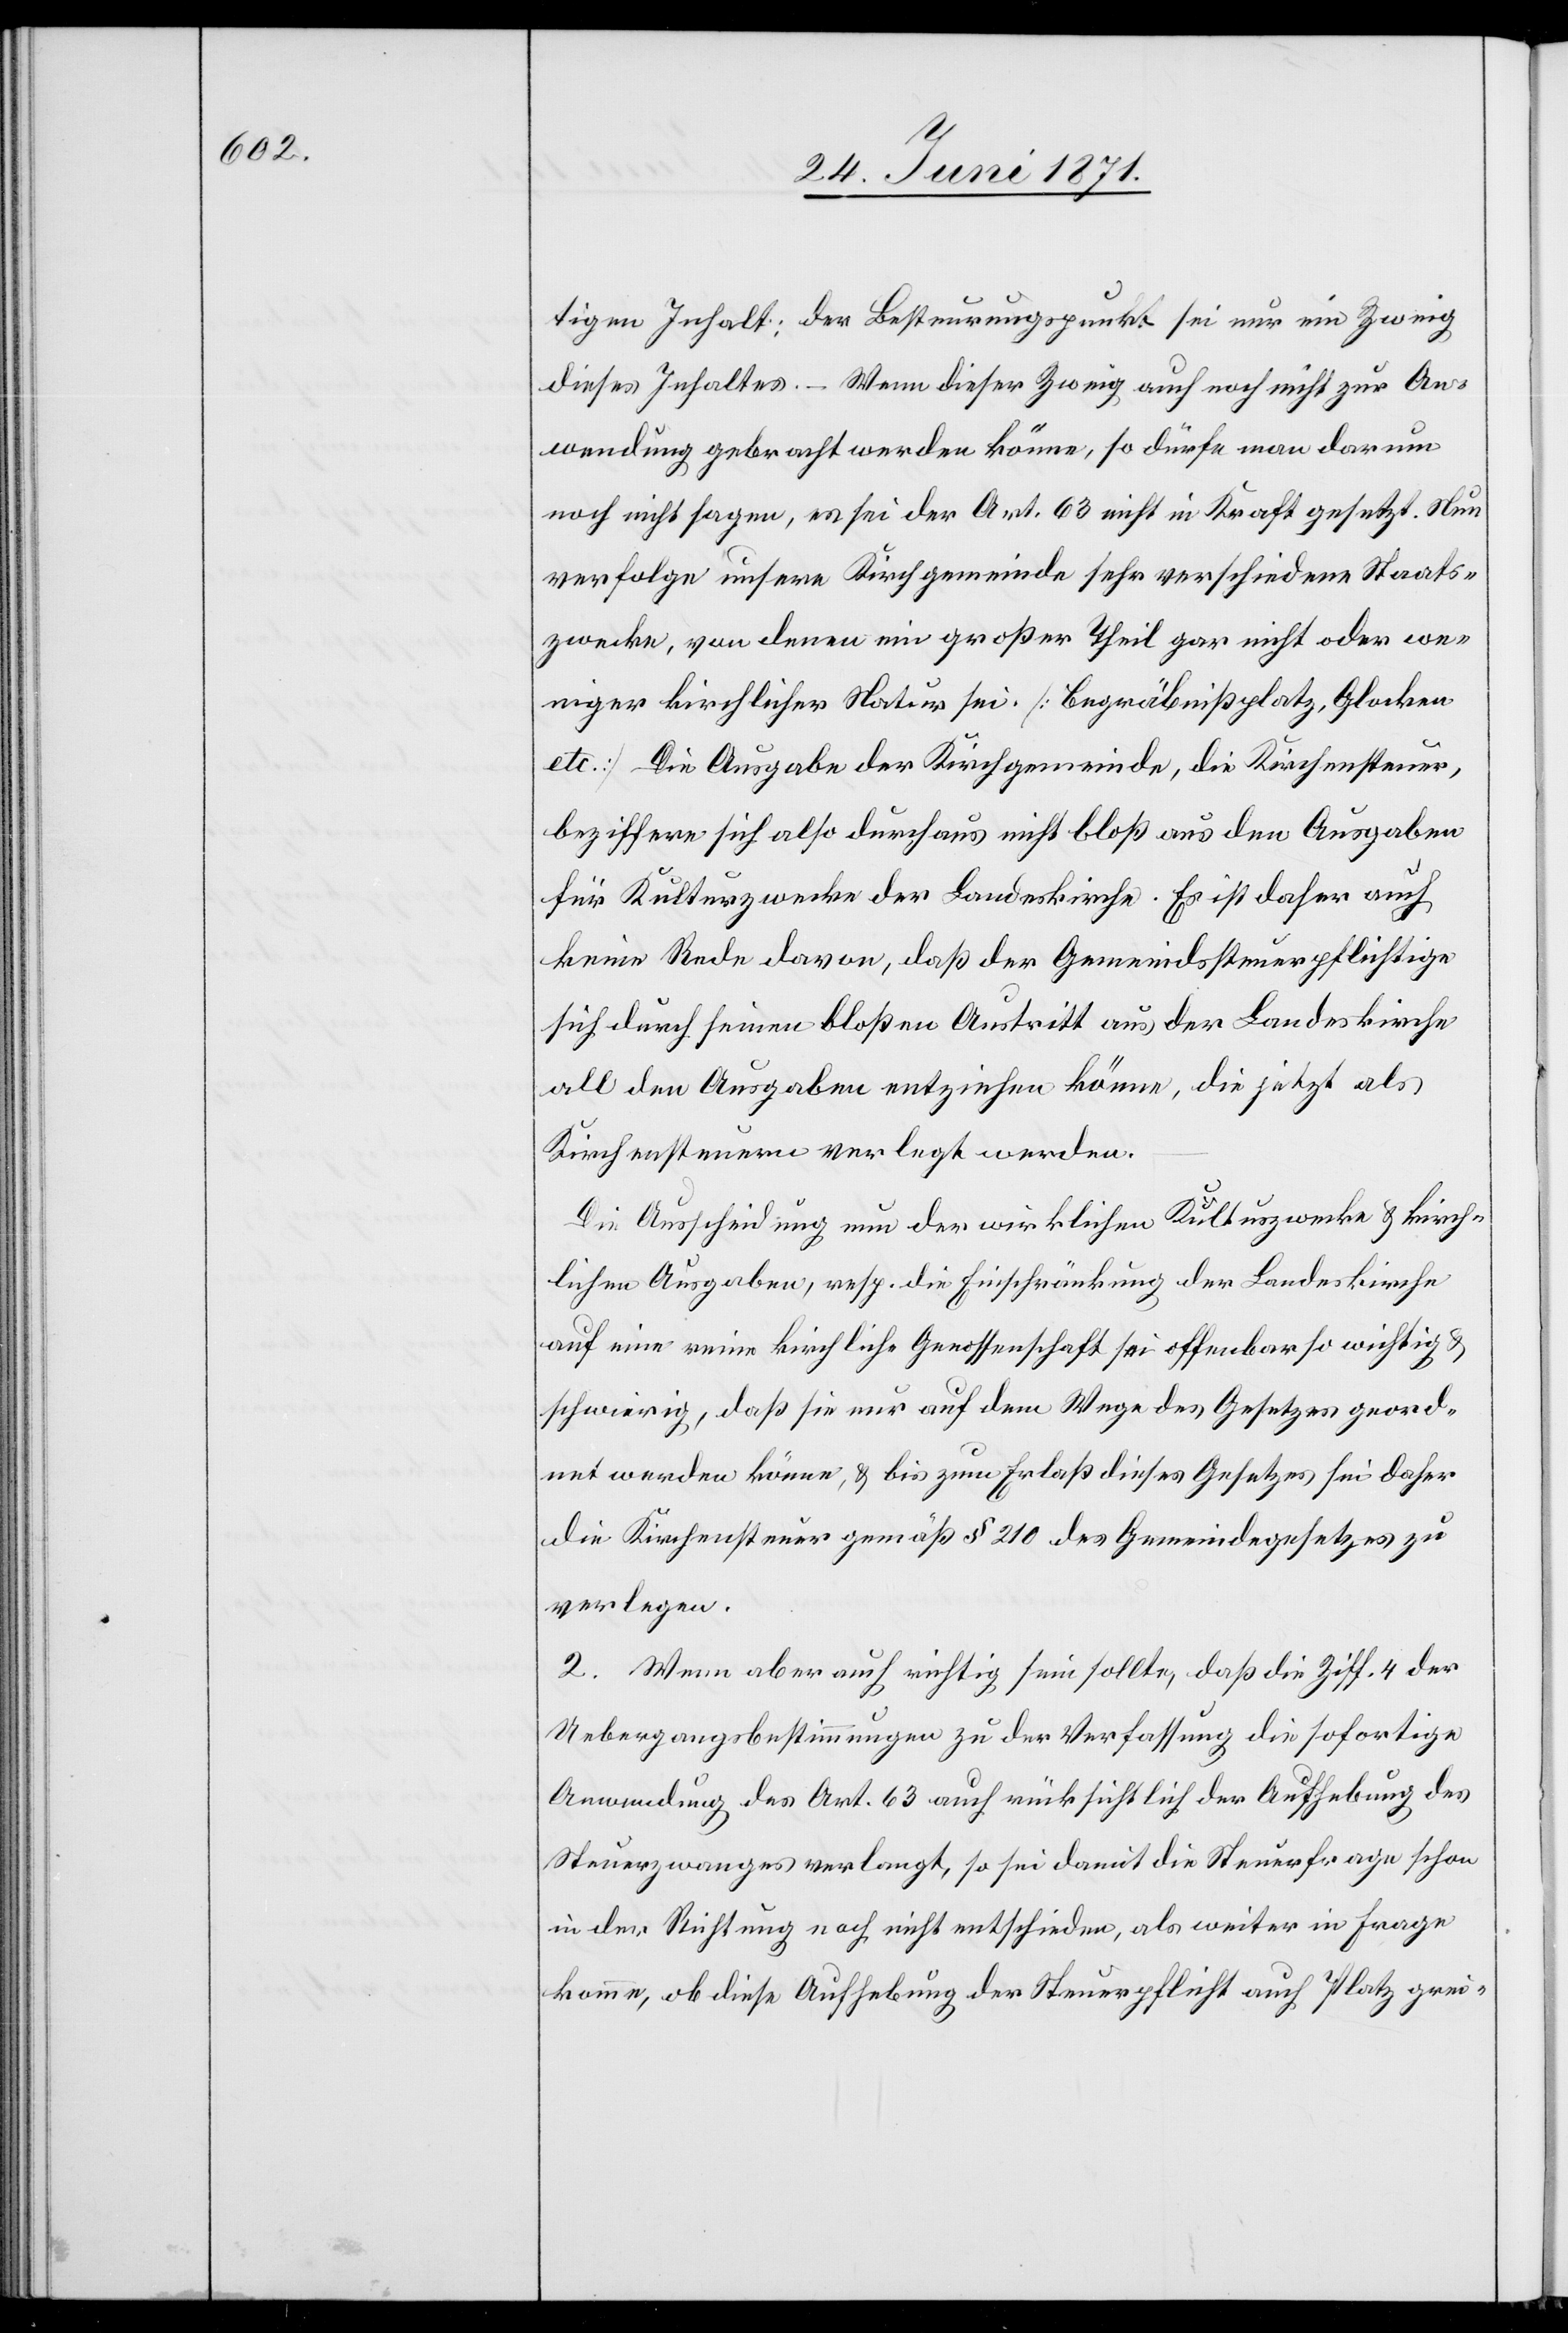
tigen Inhalt: der Besteuerungspunkt sei nur ein Zweig
dieses Inhaltes. – Wenn dieser Zweig auch noch nicht zur An¬
wendung gebracht werden könne, so dürfe man darum
noch nicht sagen, es sei der Art. 63 nicht in Kraft gesetzt. Nun
verfolge unsere Kirchgemeinde sehr verschiedene Staats¬
zwecke, von denen ein großer Theil gar nicht oder we¬
niger kirchlicher Natur sei [Begräbnißplatz, Glocken
etc.] Die Ausgabe der Kirchgemeinde, die Kirchensteuer,
beziffern sich also durchaus nicht bloß aus den Ausgaben
für Kulturzwecke der Landeskirche. Es ist daher auch
keine Rede davon, daß der Gemeindssteuerpflichtige
sich durch seinen bloßen Austritt aus der Landeskirche
all den Ausgaben entziehen könne, die jetzt als
Kirchensteuern verlegt werden.
Die Ausscheidung nun der wirklichen Kultuszwecke u. kirch¬
lichen Ausgaben, resp. die Einschränkung der Landeskirche
auf eine reine kirchliche Genossenschaft sei offenbar so wichtig u.
schwierig, daß sie nur auf dem Wege des Gesetzes geord¬
net werden könne, u. bis zum Erlaß dieses Gesetzes sei daher
die Kirchensteuer gemäß § 210 des Gemeindegesetzes zu
verlegen.
2. Wenn aber auch richtig sein sollte, daß die Ziff. 4 der
Uebergangsbestimmungen zu der Verfassung die sofortige
Anwendung des Art. 63 auch rücksichtlich der Aufhebung des
Steuerzwanges verlangt, so sei damit die Steuerfrage schon
in der Richtung noch nicht entschieden, als weiter in Frage
komme, ob diese Aufhebung der Steuerpflicht auch Platz grei-